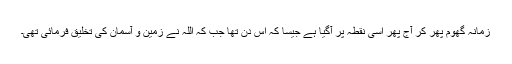
زمانہ گھوم پھر کر آج پھر اسی نقطہ پر آگیا ہے جیسا کہ اس دن تھا جب کہ اللہ نے زمین و آسمان کی تخلیق فرمائی تھی۔